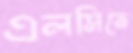
এলসিতে